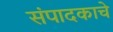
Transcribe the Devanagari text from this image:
संपादकाचे